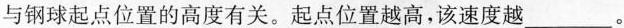
与钢球起点位置的高度有关。起点位置越高，该速度越___。